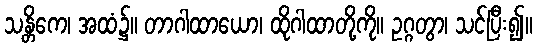
သန္တိကေ၊ အထံ၌။ တာဂါထာယော၊ ထိုဂါထာတို့ကို။ ဥဂ္ဂတွာ၊ သင်ပြီး၍။